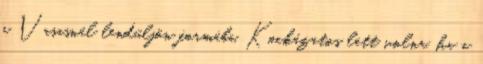
a Vasasnál lendüljön formába. Kockázatos lett volna, ha a